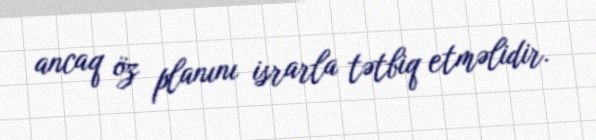
ancaq öz planını israrla tətbiq etməlidir.